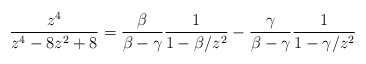
\begin{align*}\frac{z^{4}}{z^{4}- 8z^{2} + 8} = \frac{\beta}{\beta - \gamma} \frac{1}{1 - \beta/z^{2}} -\frac{\gamma}{\beta - \gamma} \frac{1}{1 - \gamma/z^{2}}\end{align*}